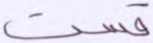
قست